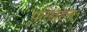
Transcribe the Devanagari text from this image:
परिखंडन